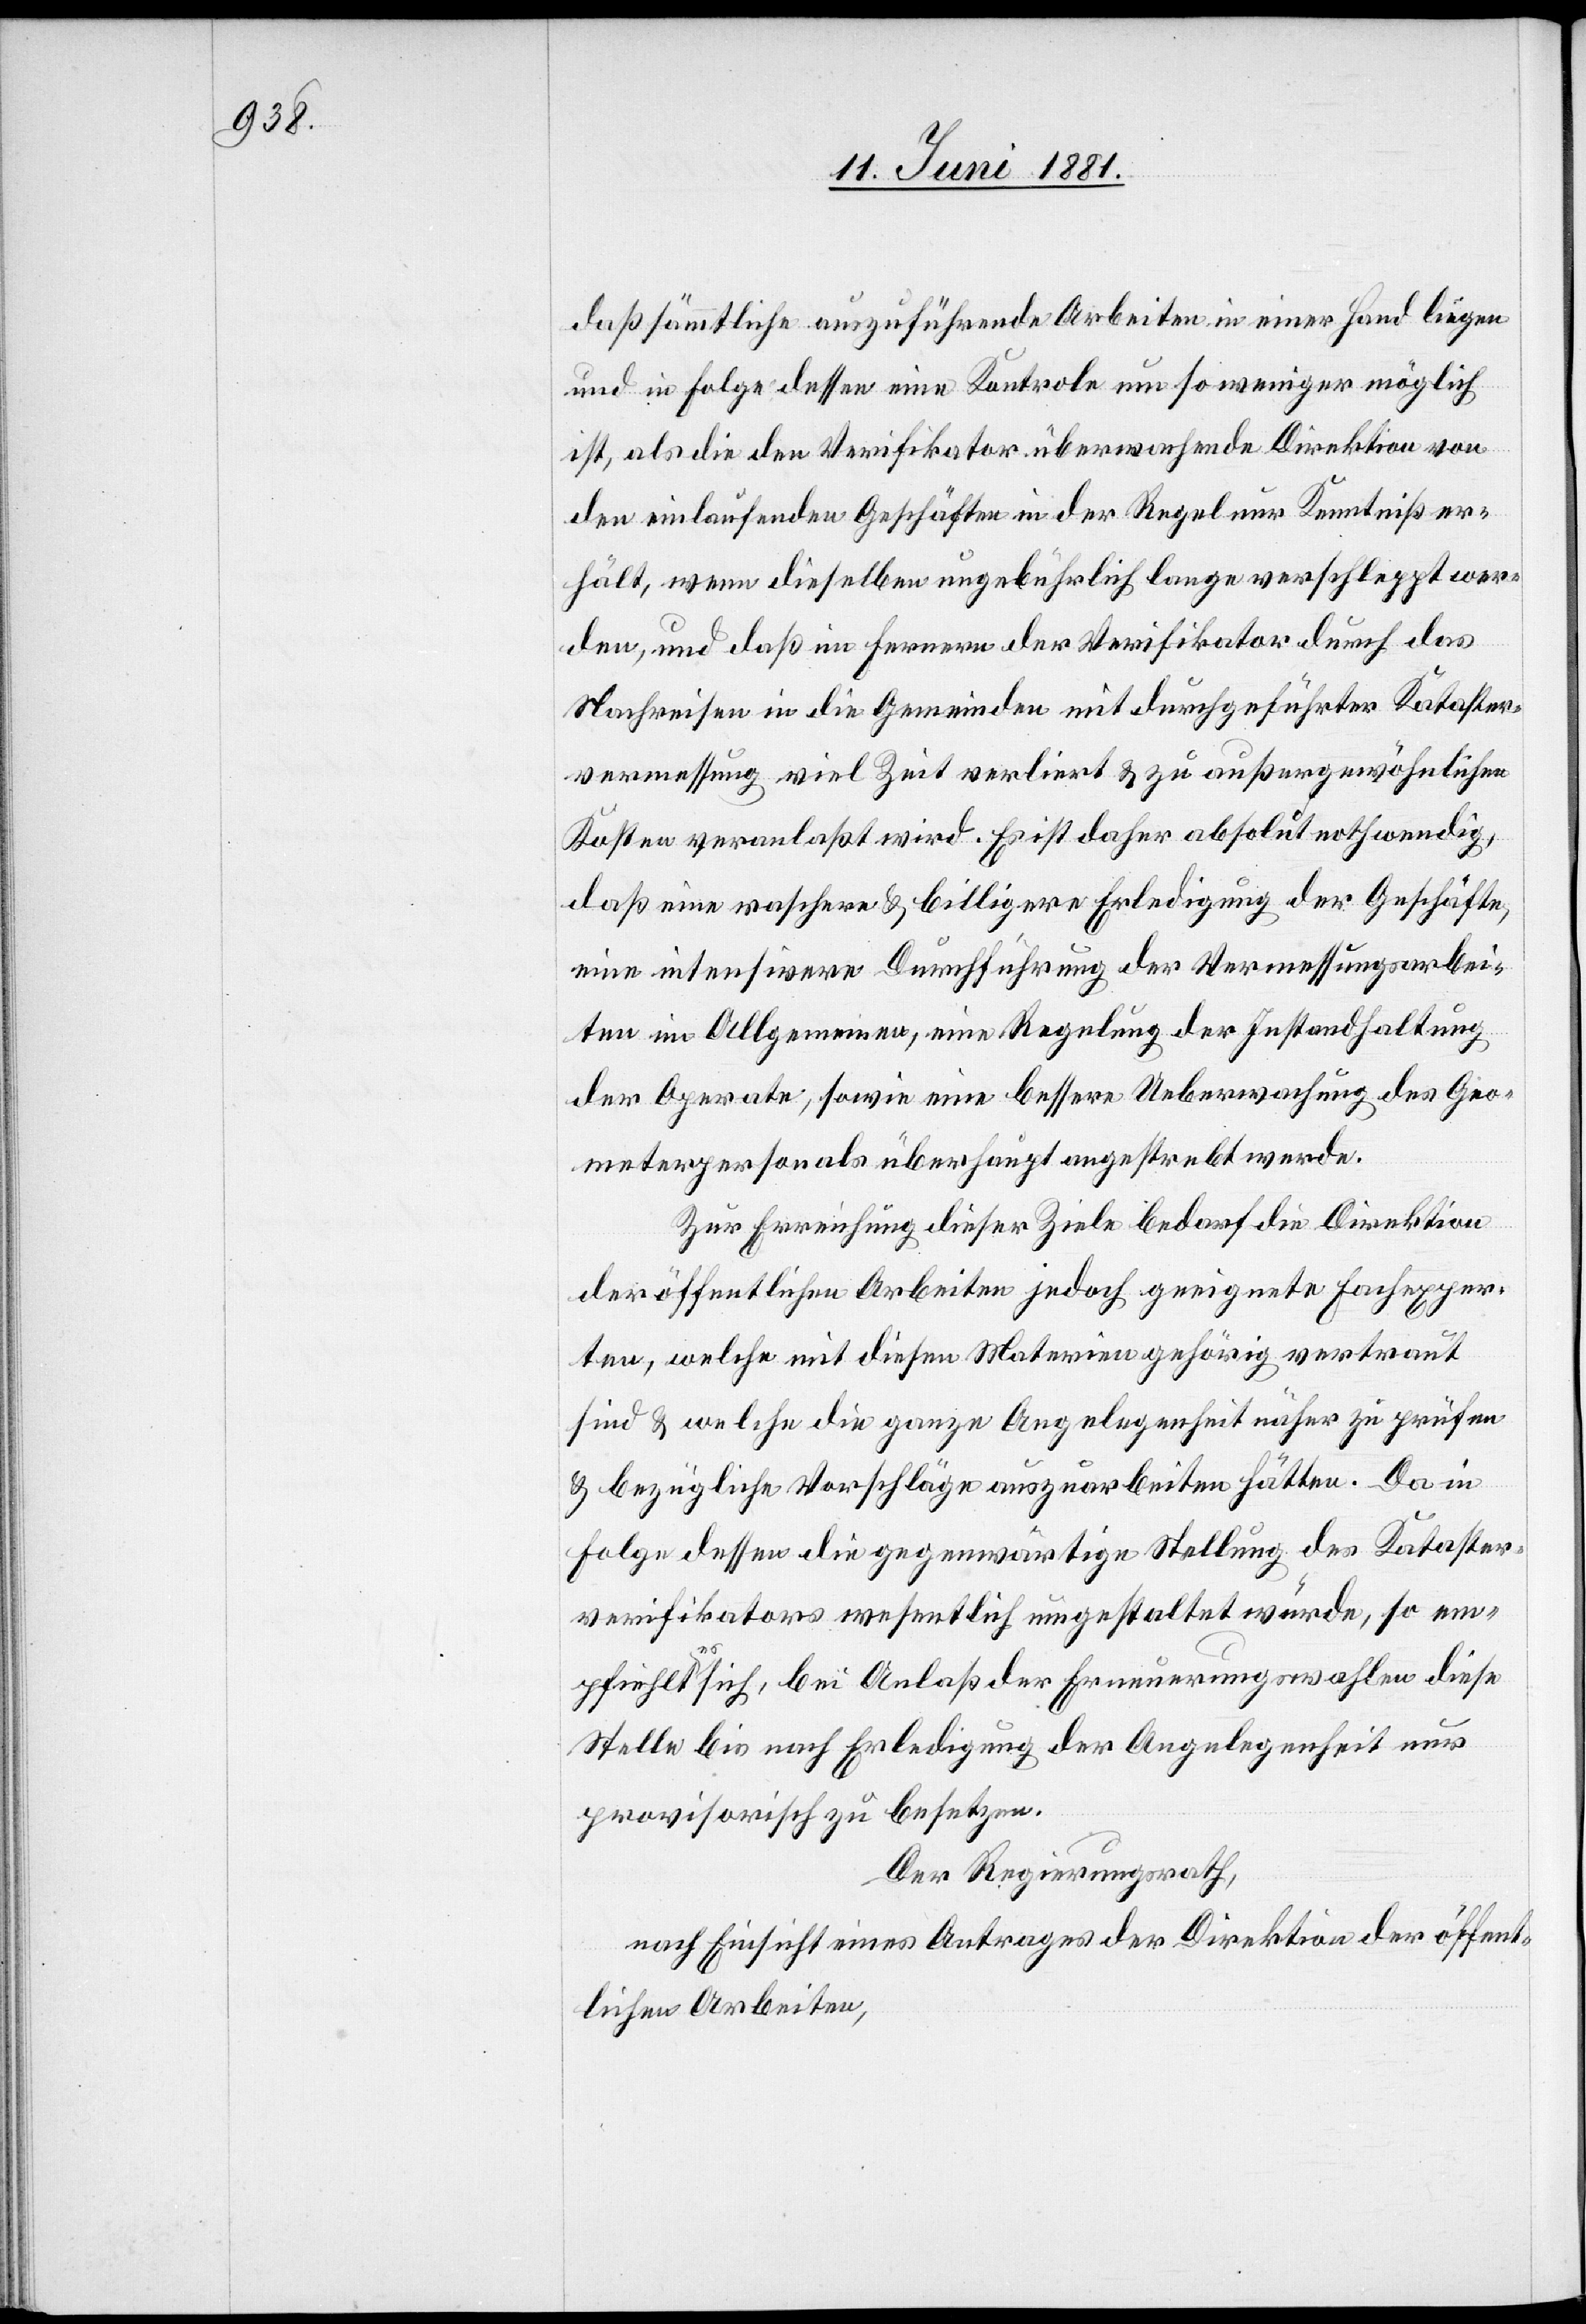
daß sämmtliche auszuführende Arbeiten in einer Hand liegen
und in Folge dessen eine Kontrole um so weniger möglich
ist, als die den Verifikator überwachende Direktion von
den einlaufenden Geschäften in der Regel nur Kenntniß er¬
hält, wenn dieselben ungebührlich lange verschleppt wer¬
den, und daß im fernern der Verifikator durch das
Nachreisen in die Gemeinde mit durchgeführter Kataster¬
vermessung viel Zeit verliert & zu außergewöhnlichen
Kosten veranlaßt wird. Es ist daher absolut nothwendig,
daß eine raschere & billigere Erledigung der Geschäfte,
eine intensivere Durchführung der Vermessungssarbei¬
ten im Allgemeinen, eine Regelung der Instandhaltung
der Aparate, sowie eine bessere Ueberwachung des Geo¬
meterpersonals überhaupt angestrebt werde.
Zur Erreichung dieser Ziele bedarf die Direktion
der öffentlichen Arbeiten jedoch geeignete Fachexper¬
ten, welche mit diesen Materien gehörig vertraut
sind & welche die ganze Angelegenheit näher zu prüfen
& bezügliche Vorschläge auszuarbeiten hätten. Da in
Folge dessen die gegenwärtige Stellung des Kataster¬
verifikators wesentlich umgestaltet wurde, so em¬
pfiehlt es sich, bei Anlaß der Erneuerungswahlen diese
Stelle bis nach Erledigung der Angelegenheit nur
provisorisch zu besetzen.
Der Regierungsrath,
nach Einsicht eines Antrages der Direktion der öffent¬
lichen Arbeiten,